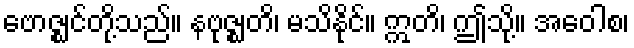
ဗောဇ္ဈင်တို့သည်။ နဗုဇ္ဈတိ၊ မသိနိုင်။ ဣတိ၊ ဤသို့။ အဝေါစ၊